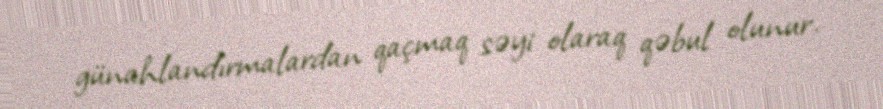
günahlandırmalardan qaçmaq səyi olaraq qəbul olunur.